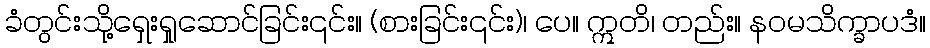
ခံတွင်းသို့ရှေးရှုဆောင်ခြင်း၎င်း။ (စားခြင်း၎င်း)၊ ပေ။ ဣတိ၊ တည်း။ နဝမသိက္ခာပဒံ။